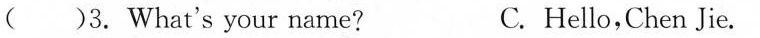
3. What's your name?